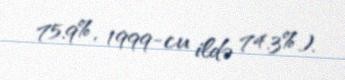
75.9%, 1999-cu ildə 74.3%).